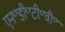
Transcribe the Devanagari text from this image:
एन॰डी॰टी॰वी॰